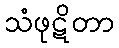
သံဖုဋိတာ